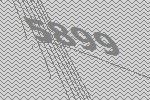
5899